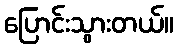
ပြောင်းသွားတယ်။